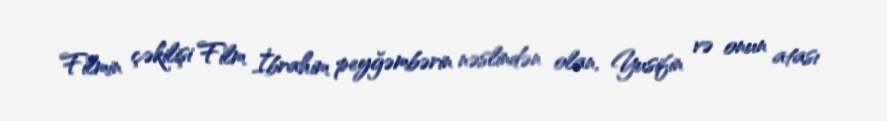
Filmin çəkilişi Film İbrahim peyğəmbərin nəslindən olan, Yusifin və onun atası